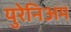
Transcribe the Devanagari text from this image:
युरेनिअम